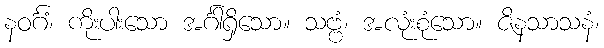
နဝင်္ဂံ၊ ကိုးပါးသော အင်္ဂါရှိသော။ သဗ္ဗံ၊ အလုံးစုံသော။ ဇိနသာသနံ၊